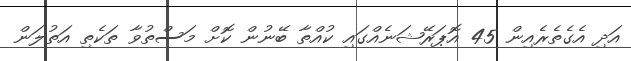
އަދި އެގެތެރެއިން 45 އޮޕަރޭޝަނެއްގައި ކުއްތާ ބޭނުން ކޮށް މަސްތުވާ ތަކެތި އަތުލަން